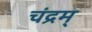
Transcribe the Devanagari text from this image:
चंद्रम्